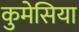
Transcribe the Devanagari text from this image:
कुमेसिया